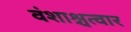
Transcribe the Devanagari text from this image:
वंशाश्चत्वार